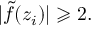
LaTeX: | { \tilde { f } } ( z _ { i } ) | \geqslant 2 .